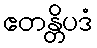
ဧတန္တိပဒံ